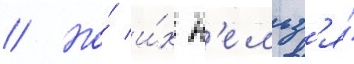
// Но́ и́х н'ельз'я́